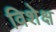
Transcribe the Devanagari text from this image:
विशेक्ष